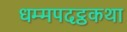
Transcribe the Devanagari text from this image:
धम्मपदट्ठकथा